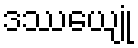
ဒဿေယျုံ